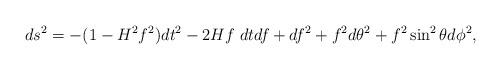
LaTeX: \begin{align*}ds^2=-(1-H^2f^2)dt^2-2Hf\;dtdf+df^2+f^2d\theta^2+f^2\sin^2\theta d\phi^2,\end{align*}